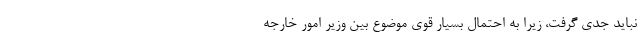
نباید جدی گرفت، زیرا به احتمال بسیار قوی موضوع بین وزیر امور خارجه